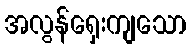
အလွန်ရှေးကျသော